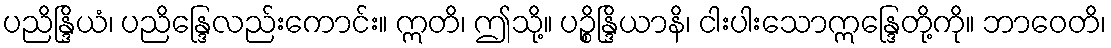
ပညိန္ဒြိယံ၊ ပညိန္ဒြေလည်းကောင်း။ ဣတိ၊ ဤသို့။ ပဉ္စိန္ဒြိယာနိ၊ ငါးပါးသောဣန္ဒြေတို့ကို။ ဘာဝေတိ၊